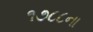
૧૭૮૮ના